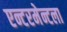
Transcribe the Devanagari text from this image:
एन्टरमेन्टला